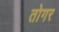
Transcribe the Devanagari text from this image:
तोगर